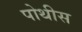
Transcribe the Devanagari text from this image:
पोथीस